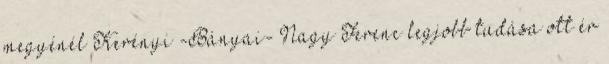
megyénél Kerényi -Bányai- Nagy Ferenc legjobb tudása ott ér